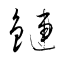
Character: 鏈